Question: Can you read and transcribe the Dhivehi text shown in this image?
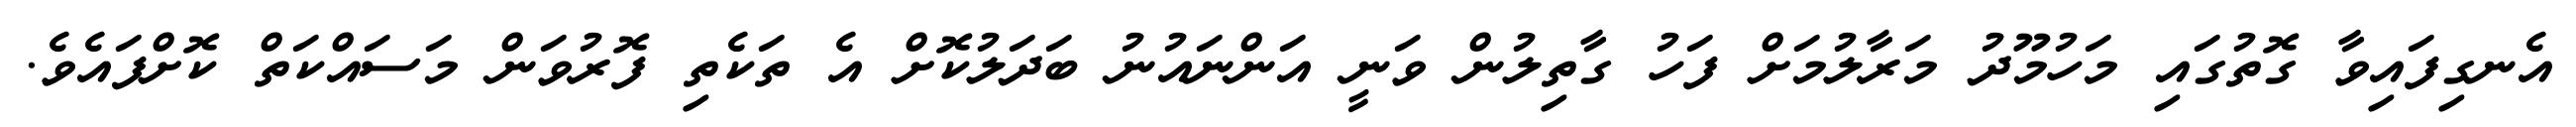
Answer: އެނގިފައިވާ ގޮތުގައި މަހުމޫދު މަރާލުމަށް ފަހު ގާތިލުން ވަނީ އަންނައުނު ބަދަލުކޮށް އެ ތަކެތި ފޮރުވަން މަސައްކަތް ކޮށްފައެވެ.